Indian journal of veterinary science and animal husbandry - Volume 10,
Year: 1940
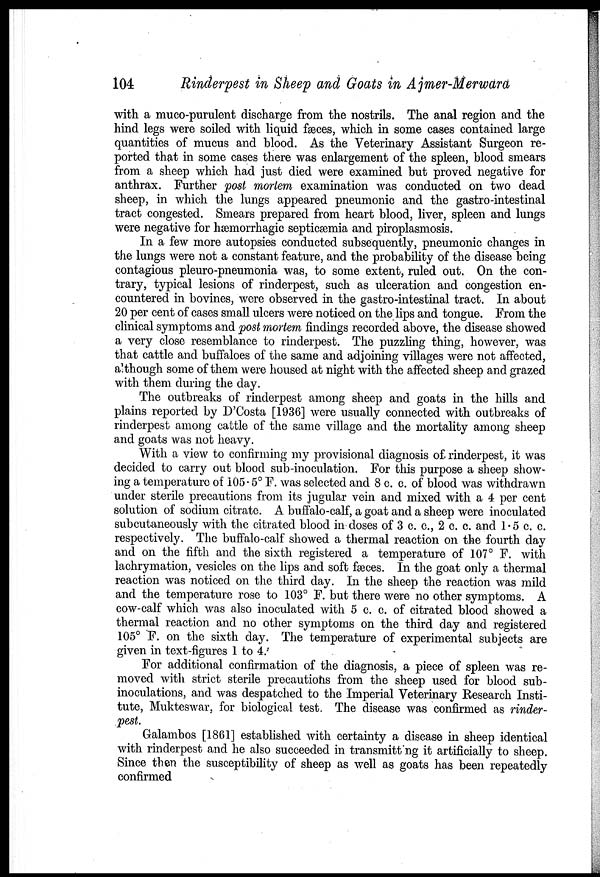
104
Rinderpest in Sheep and Goats in Ajmer-Merwara
with a muco-purulent discharge from the nostrils. The anal region and the
hind legs were soiled with liquid fæces, which in some cases contained large
quantities of mucus and blood. As the Veterinary Assistant Surgeon re-
ported that in some cases there was enlargement of the spleen, blood smears
from a sheep which had just died were examined but proved negative for
anthrax. Further post mortem examination was conducted on two dead
sheep, in which the lungs appeared pneumonic and the gastro-intestinal
tract congested. Smears prepared from heart blood, liver, spleen and lungs
were negative for hæmorrhagic septicæmia and piroplasmosis.
In a few more autopsies conducted subsequently, pneumonic changes in
the lungs were not a constant feature, and the probability of the disease being
contagious pleuro-pneumonia was, to some extent, ruled out. On the con-
trary, typical lesions of rinderpest, such as ulceration and congestion en-
countered in bovines, were observed in the gastro-intestinal tract. In about
20 per cent of cases small ulcers were noticed on the lips and tongue. From the
clinical symptoms and post mortem findings recorded above, the disease showed
a very close resemblance to rinderpest. The puzzling thing, however, was
that cattle and buffaloes of the same and adjoining villages were not affected,
although some of them were housed at night with the affected sheep and grazed
with them during the day.
The outbreaks of rinderpest among sheep and goats in the hills and
plains reported by D'Costa [1936] were usually connected with outbreaks of
rinderpest among cattle of the same village and the mortality among sheep
and goats was not heavy.
With a view to confirming my provisional diagnosis of rinderpest, it was
decided to carry out blood sub-inoculation. For this purpose a sheep show
ing a temperature of 105.5° F. was selected and 8 c. c. of blood was withdrawn
under sterile precautions from its jugular vein and mixed with a 4 per cent
solution of sodium citrate. A buffalo-calf, a goat and a sheep were inoculated
subcutaneously with the citrated blood in doses of 3 c. c, 2 c. c. and 1.5 c. c.
respectively. The buffalo-calf showed a thermal reaction on the fourth day
and on the fifth and the sixth registered a temperature of 107° F. with
lachrymation, vesicles on the lips and soft fæces. In the goat only a thermal
reaction was noticed on the third day. In the sheep the reaction was mild
and the temperature rose to 103° F. but there were no other symptoms. A
cow-calf which was also inoculated with 5 c. c. of citrated blood showed a
thermal reaction and no other symptoms on the third day and registered
105° F. on the sixth day. The temperature of experimental subjects are
given in text-figures 1 to 4.
For additional confirmation of the diagnosis, a piece of spleen was re-
moved with strict sterile precautions from the sheep used for blood sub-
inoculations, and was despatched to the Imperial Veterinary Research Insti-
tute, Mukteswar, for biological test. The disease was confirmed as rinder-
pest.
Galambos [1861] established with certainty a disease in sheep identical
with rinderpest and he also succeeded in transmitting it artificially to sheep.
Since then the susceptibility of sheep as well as goats has been repeatedly
confirmed